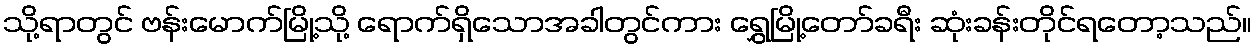
သို့ရာတွင် ဗန်းမောက်မြို့သို့ ရောက်ရှိသောအခါတွင်ကား ရွှေမြို့တော်ခရီး ဆုံးခန်းတိုင်ရတော့သည်။